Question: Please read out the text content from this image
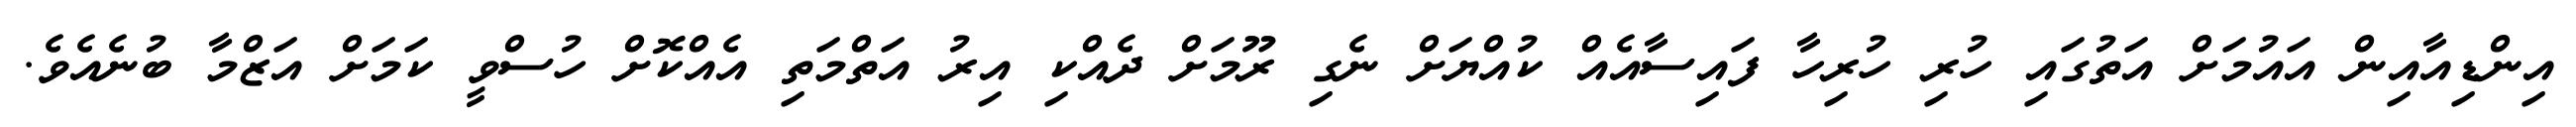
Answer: އިންޑިއާއިން އައުމަށް އަތުގައި ހުރި ހުރިހާ ފައިސާއެއް ކުއްޔަށް ނެގި ރޫމަށް ދެއްކި އިރު އަތްމަތި އެއްކޮށް ހުސްވީ ކަމަށް އަޒްމާ ބުނެއެވެ.